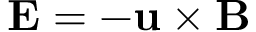
{ \bf { E } } = - { \bf { u } } \times { \bf { B } }